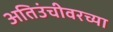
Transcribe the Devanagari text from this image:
अतिउंचीवरच्या